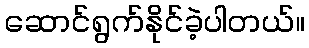
ဆောင်ရွက်နိုင်ခဲ့ပါတယ်။